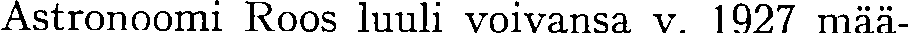
Astronoomi Roos luuli voivansa v. 1927 mää-